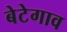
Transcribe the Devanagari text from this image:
बेटेगाव